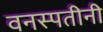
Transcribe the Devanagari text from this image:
वनस्पतीनी